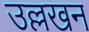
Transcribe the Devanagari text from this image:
उल्लखन